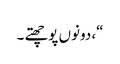
“، دونوں پوچھتے ۔